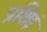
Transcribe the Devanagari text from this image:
प्रशिद्दं